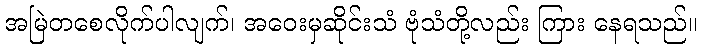
အမြဲတစေလိုက်ပါလျက်၊ အဝေးမှဆိုင်းသံ ဗုံသံတို့လည်း ကြား နေရသည်။